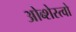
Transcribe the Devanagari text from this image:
ओब्शेस्त्वो